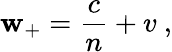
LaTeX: \mathbf{w}_{+}={\frac{{c}}{{n}}}+v\ ,